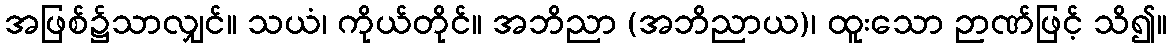
အဖြစ်၌သာလျှင်။ သယံ၊ ကိုယ်တိုင်။ အဘိညာ (အဘိညာယ)၊ ထူးသော ဉာဏ်ဖြင့် သိ၍။